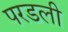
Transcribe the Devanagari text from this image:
परडली